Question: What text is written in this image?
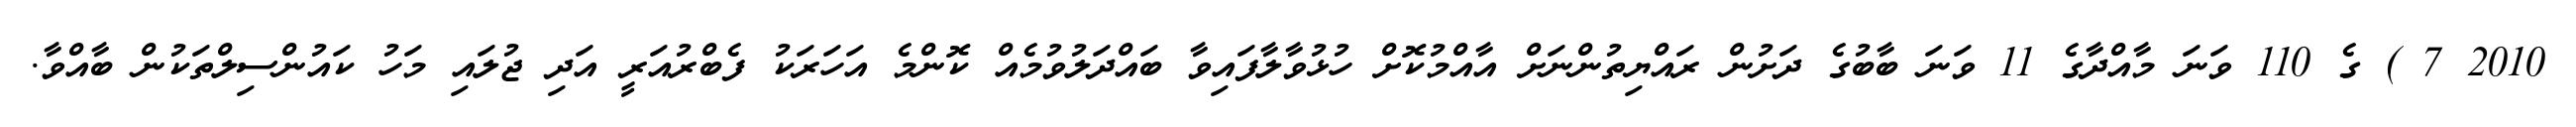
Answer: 2010 7 ) ގެ 110 ވަނަ މާއްދާގެ 11 ވަނަ ބާބުގެ ދަށުން ރައްޔިތުންނަށް އާއްމުކޮށް ހުޅުވާލާފައިވާ ބައްދަލުވުމެއް ކޮންމެ އަހަރަކު ފެބްރުއަރީ އަދި ޖުލައި މަހު ކައުންސިލްތަކުން ބާއްވާ.